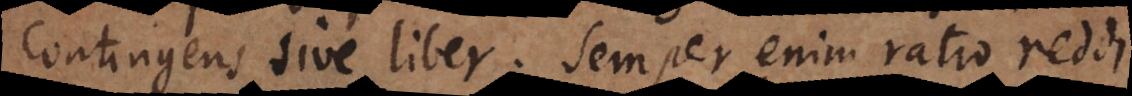
contingens sive liber. Semper enim ratio reddi